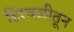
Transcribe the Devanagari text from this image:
हिरवळीतून